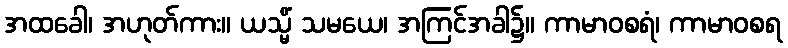
အထခေါ၊ အဟုတ်ကား။ ယသ္မိံ သမယေ၊ အကြင်အခါ၌။ ကာမာဝစရံ၊ ကာမာဝစရ